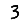
Digit: 3